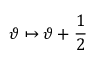
\vartheta \mapsto \vartheta + \frac { \textstyle 1 } { \textstyle 2 } \,